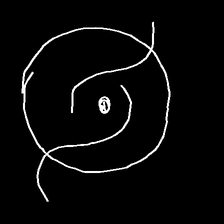
Glyph: repetition